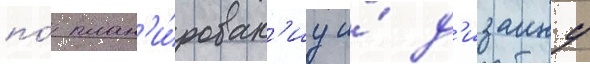
по́ план'и́рован'иу и́ д'изаину